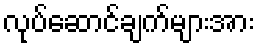
လုပ်ဆောင်ချက်များအား